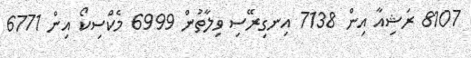
8107 ރަޝިއާ އިން 7138 އިނގިރޭސި ވިލާތުން 6999 މެކްސިކޯ އިން 6771